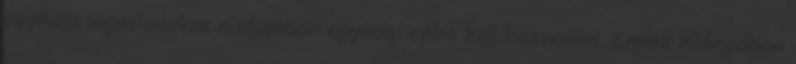
egyházi ingatlanokat elsősorban egyházi célra kell használni. Ennek hiányában